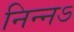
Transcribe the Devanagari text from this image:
निन्नऽ